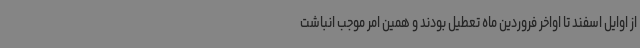
از اوایل اسفند تا اواخر فروردین ماه تعطیل بودند و همین امر موجب انباشت